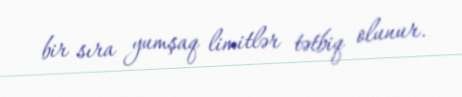
bir sıra yumşaq limitlər tətbiq olunur.